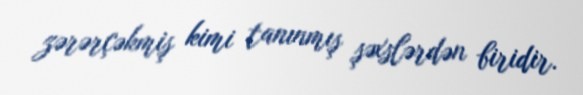
zərərçəkmiş kimi tanınmış şəxslərdən biridir.